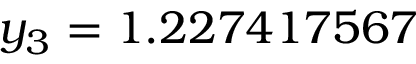
y _ { 3 } = 1 . 2 2 7 4 1 7 5 6 7